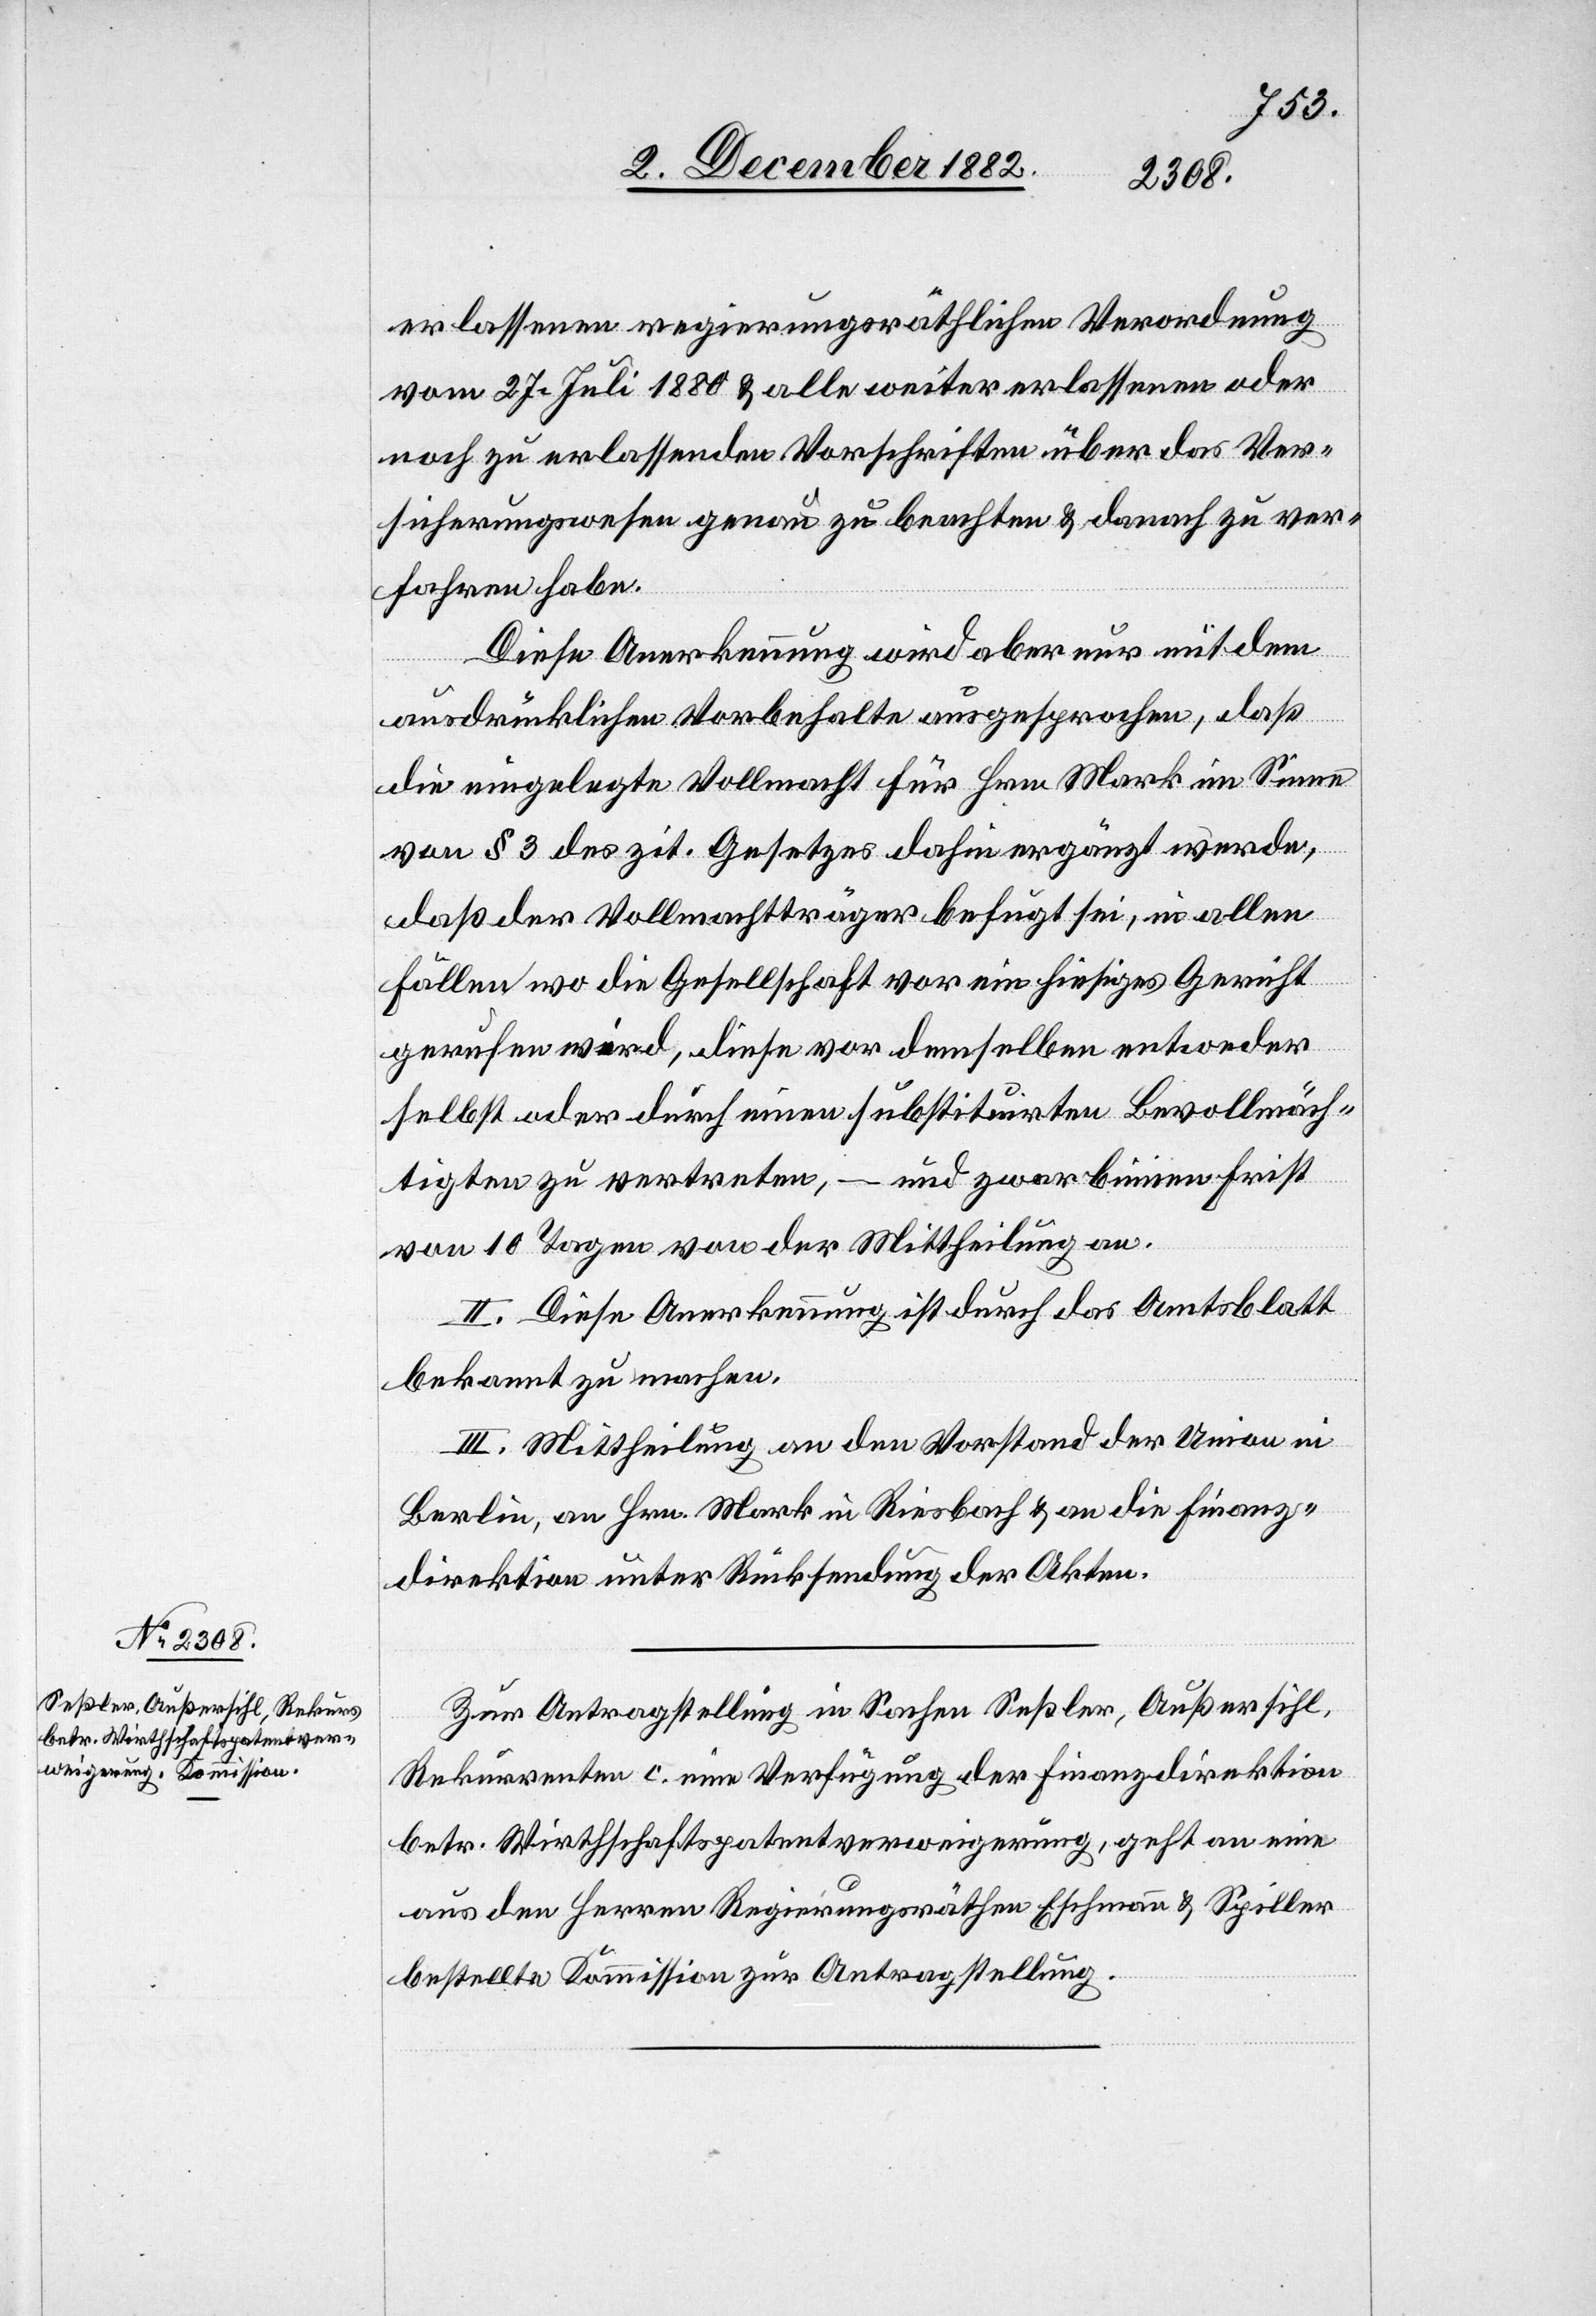
erlassenen regierungsräthlichen Verordnung
vom 27. Juli 1880 & alle weiter erlassenen oder
noch zu erlassenden Vorschriften über das Ver¬
sicherungswesen genau zu beachten & danach zu ver¬
fahren habe.
Diese Anerkennung wird aber nur mit dem
ausdrücklichen Vorbehalte ausgesprochen, daß
die eingelegte Vollmacht für Hrn. Mark im Sinne
von § 3 des zit. Gesetzes dahin ergänzt werde,
daß der Vollmachtträger befugt sei, in allen
Fällen wo die Gesellschaft vor ein hiesiges Gericht
gerufen wird, diese vor demselben entweder
selbst oder durch einen substituirten Bevollmäch¬
tigten zu vertreten, – und zwar binnen Frist
von 10 Tagen von der Mittheilung an.
II. Diese Anerkennung ist durch das Amtsblatt
bekannt zu machen.
III. Mittheilung an den Vorstand der Union in
Berlin, an Hrn. Mark in Riesbach & an die Finanz¬
direktion unter Rücksendung der Akten.
Zur Antragstellung in Sachen Seßler, Außersihl,
Rekurrenten c. eine Verfügung der Finanzdirektion
betr. Wirthschaftspatentverweigerung, geht an eine
aus den Herren Regierungsräthen Eschmann & Spiller
bestellte Kommission zur Antragstellung.